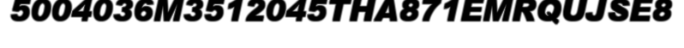
5004036M3512045THA871EMRQUJSE8